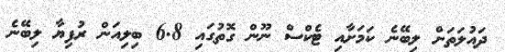
ދައުލަތަށް ލިބޭނެ ކަމަށާއި ޓެކްސް ނޫން ގޮތުގައި 6.8 ބިލިއަން ރުފިޔާ ލިބޭނެ